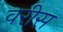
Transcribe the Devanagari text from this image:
वरीस